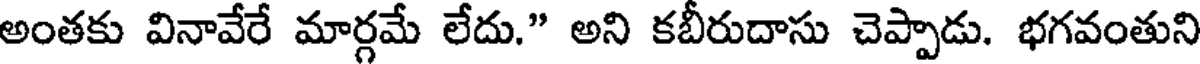
అంతకు వినావేరే మార్గమే లేదు." అని కబీరుదాసు చెప్పాడు. భగవంతుని